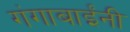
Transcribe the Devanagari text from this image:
गंगाबाईंनी